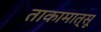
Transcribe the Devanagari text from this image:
ताकामात्सू